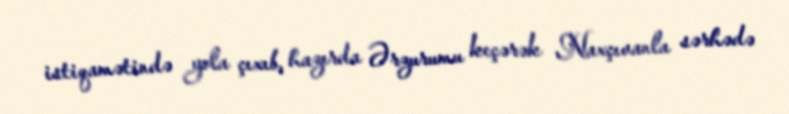
istiqamətində yola çıxıb, hazırda Ərzurumu keçərək Naxçıvanla sərhədə